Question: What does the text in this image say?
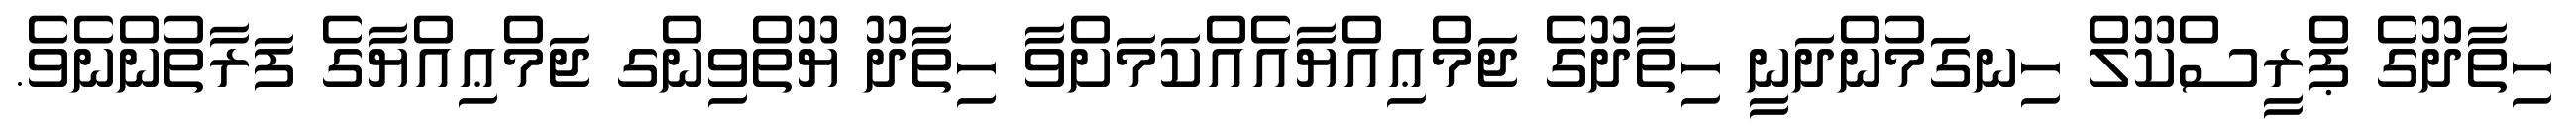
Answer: ހިތާދޫގެ ޕްރީސްކޫލް ހިނގަމުންދަނީ ހިތާދޫގެ ޖަމްޢިއްޔާއެއްކަމަށްވާ ހިތާދޫ ޔޫތްވިންގ ޖަމްޢިއްޔާގެ ފަރާތުންނެވެ.